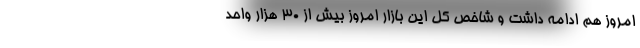
امروز هم ادامه داشت و شاخص کل این بازار امروز بیش از ۳۰ هزار واحد